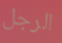
الرجل